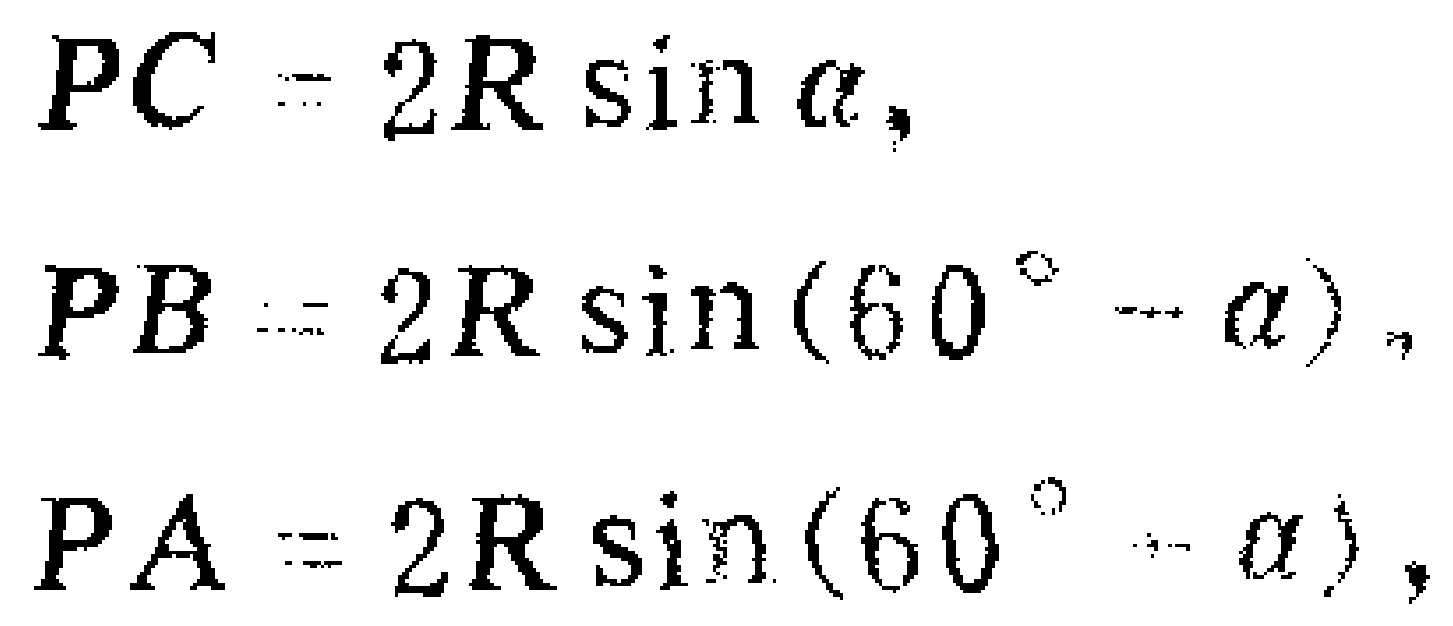
\[
\begin{align*}
PC&= 2R\sin\alpha,\\
PB&= 2R\sin(60^{\circ}-\alpha),\\
PA&= 2R\sin(60^{\circ}-\alpha),
\end{align*}
\]